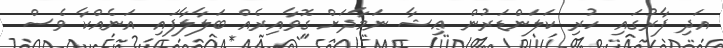
އަދި ފާރުގައި ހުރި ކަލަންޑަރުން ޢިޝާ ނަމާދަށް ގޮވާއިރެއް ބަލާލާފައި އަނެއްކާ ވެސް